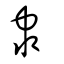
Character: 隶